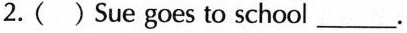
2. ( ) Sue goes to school___.